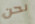
نحن